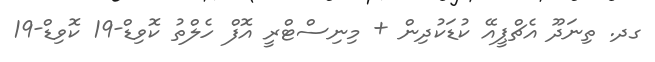
ގދ. ތިނަދޫ އެޗްޕީއޭ ކުޑަކުދިން + މިނިސްޓްރީ އޮފް ހެލްތު ކޮވިޑް-19 ކޮވިޑް-19